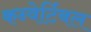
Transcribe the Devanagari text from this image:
कन्वेर्टिबल